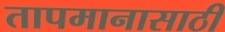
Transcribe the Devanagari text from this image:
तापमानासाठी